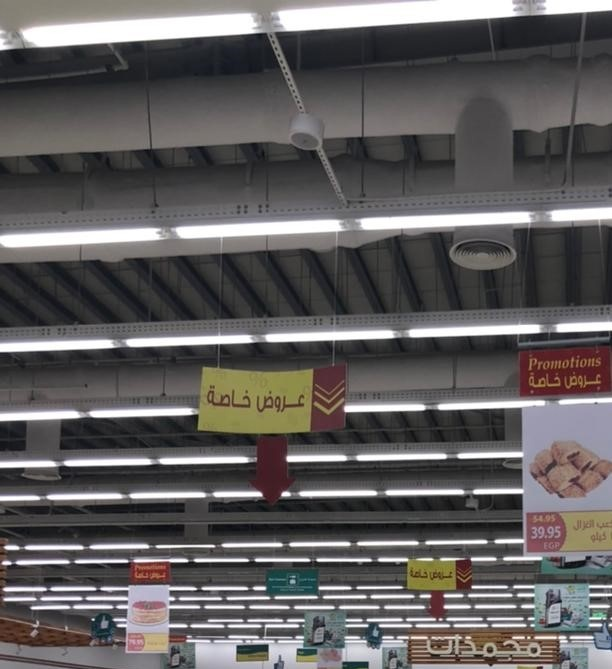
Text in image: عروض خاصة خاصة عروض مجمدات Promotions 39.95